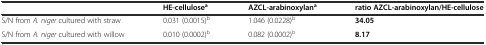
|  | HE-cellulosea | AZCL-arabinoxylana | ratio AZCL-arabinoxylan/HE-cellulose |
 | --- | --- | --- | --- |
 | S/N from A. niger cultured with straw | 0.031 (0.0015)b | 1.046 (0.0228)b | 34.05 |
 | S/N from A. niger cultured with willow | 0.010 (0.0002)b | 0.082 (0.0002)b | 8.17 |